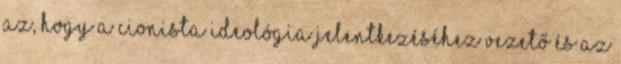
az, hogy a cionista ideológia jelentkezéséhez vezető és az